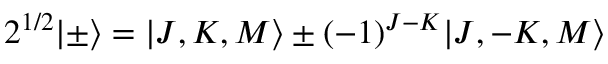
2 ^ { 1 / 2 } \lvert \pm \rangle = \lvert J , K , M \rangle \pm ( - 1 ) ^ { J - K } \lvert J , - K , M \rangle